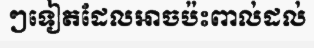
ៗទៀតដែលអាចប៉ះពាល់ដល់